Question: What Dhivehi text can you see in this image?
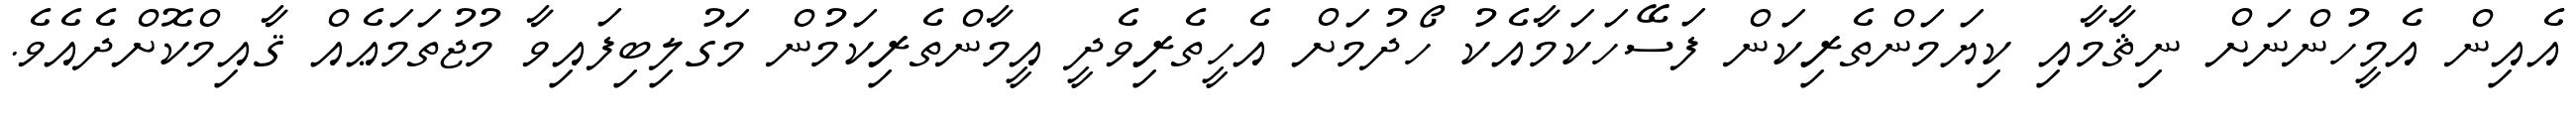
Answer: އެއިން އެމީހުންނަށް ނިޘާމާއި ކިޔަމަންތެރިކަން ފަސޭހަކަމާއެކު ހޯދުމަށް އެހީތެރިވެދީ އީމާންތެރިކަމުން މަގުލިބިފައިވާ މުޖުތަމަޢެއް ޤާއިމްކޮށްދެއެވެ.